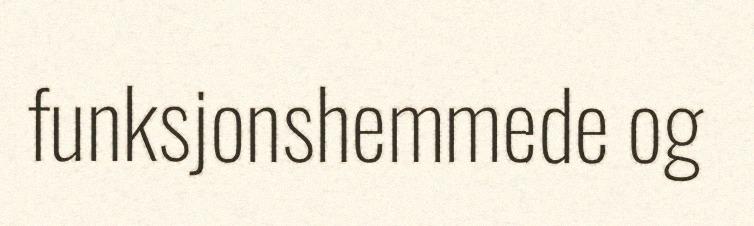
funksjonshemmede og